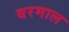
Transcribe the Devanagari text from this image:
बरमाल